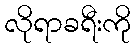
လိုရာခရီးကို